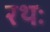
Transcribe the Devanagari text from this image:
रथः